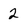
Character: 2